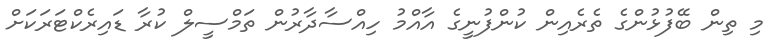
މި ތިން ބޭފުޅުންގެ ތެރެއިން ކުންފުނީގެ އާއްމު ހިއްސާދާރުން ތަމްސީލް ކުރާ ޑައިރެކްޓަރަކަށް